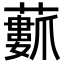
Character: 𮒢